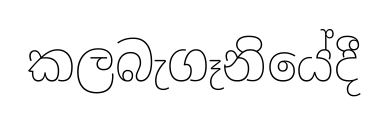
කලබැගෑනියේදී